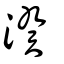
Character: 湀